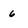
Character: 6